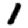
Digit: 1